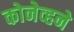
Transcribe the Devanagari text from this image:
कोनेव्हने